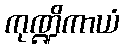
ကုဏ္ဍိကာယံ